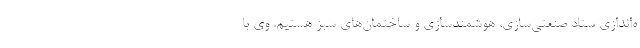
ه‌اندازی ستاد صنعتی‌سازی، هوشمندسازی و ساختمان‌های سبز هستیم. وی با